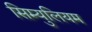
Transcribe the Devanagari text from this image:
सिम्युलियम